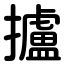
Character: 攎